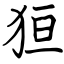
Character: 狟